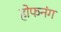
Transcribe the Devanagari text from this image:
होफनंग